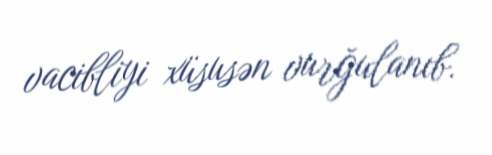
vacibliyi xüsusən vurğulanıb.